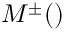
{ \cal M } ^ { \pm } ( \k )